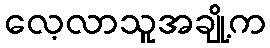
လေ့လာသူအချို့က